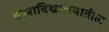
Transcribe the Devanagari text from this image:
कलाविद्यालयातील